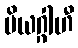
ပိယဂ္ဂါဟီ